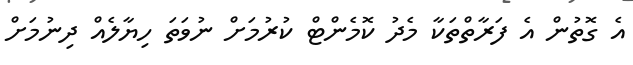
އެ ގޮތުން އެ ފަރާތްތަކާ މެދު ކޮމެންޓް ކުރުމަށް ނުވަތަ ހިޔާލެއް ދިނުމަށް